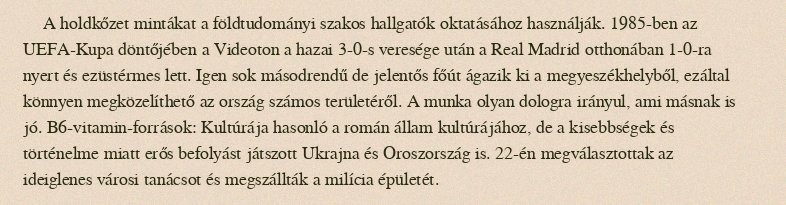
A holdkőzet mintákat a földtudományi szakos hallgatók oktatásához használják. 1985-ben az UEFA-Kupa döntőjében a Videoton a hazai 3-0-s veresége után a Real Madrid otthonában 1-0-ra nyert és ezüstérmes lett. Igen sok másodrendű de jelentős főút ágazik ki a megyeszékhelyből, ezáltal könnyen megközelíthető az ország számos területéről. A munka olyan dologra irányul, ami másnak is jó. B6-vitamin-források: Kultúrája hasonló a román állam kultúrájához, de a kisebbségek és történelme miatt erős befolyást játszott Ukrajna és Oroszország is. 22-én megválasztottak az ideiglenes városi tanácsot és megszállták a milícia épületét.